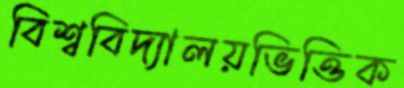
বিশ্ববিদ্যালয়ভিত্তিক